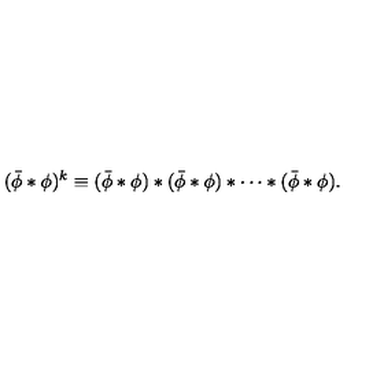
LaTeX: ( \bar { \phi } \ast \phi ) ^ { k } \equiv ( \bar { \phi } \ast \phi ) \ast ( \bar { \phi } \ast \phi ) \ast \cdots \ast ( \bar { \phi } \ast \phi ) .